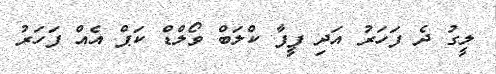
ލީގު ދެ ފަހަރު އަދި ފީފާ ކްލަބް ވޯލްޑް ކަޕް އެއް ފަހަރު